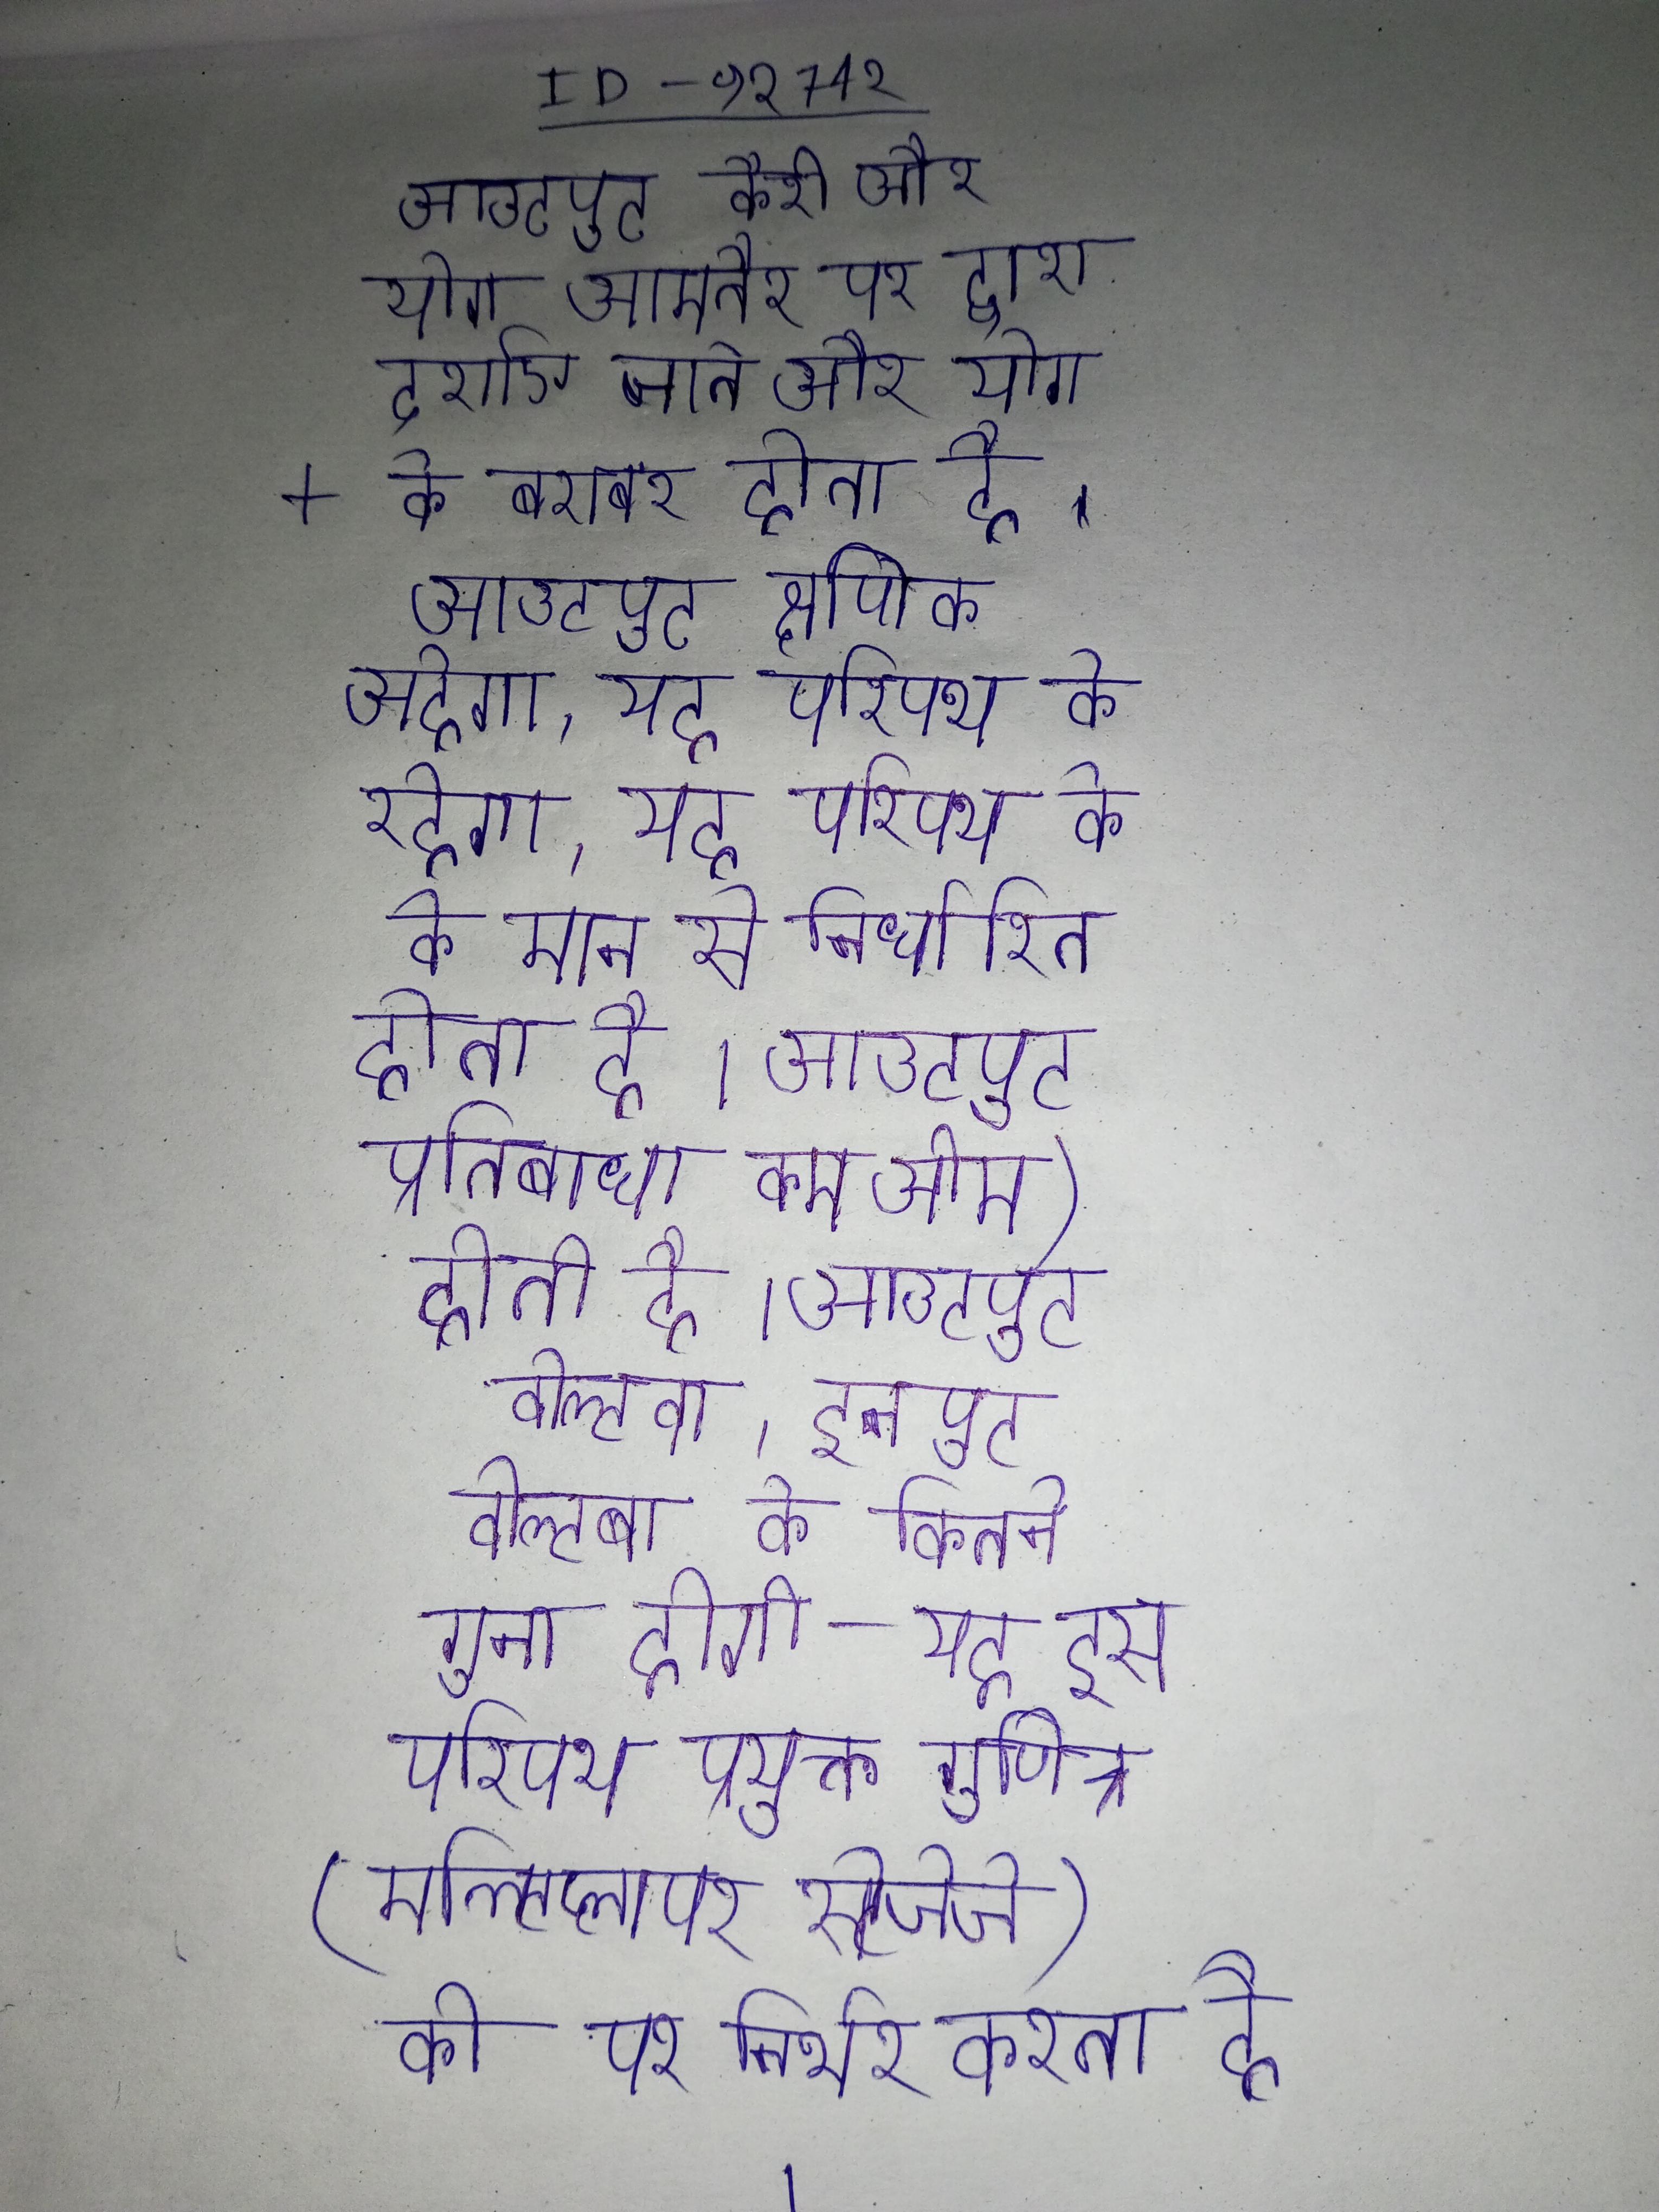
आउटपुट कैरी और योग आमतौर पर द्वारा दर्शाए जाते और योग + के बराबर होता है । आउटपुट क्षणिक अवस्था कितने समय रहेगा, यह परिपथ के के मान से निर्धारित होता है । आउटपुट प्रतिबाधा कम ओम) होती है । आउटपुट वोल्टता, इनपुट वोल्टता के कितने गुना होगी - यह इस परिपथ प्रयुक्त गुणित्र (मल्टिप्लायर स्टेजेजे) की पर निर्भर करता है ।